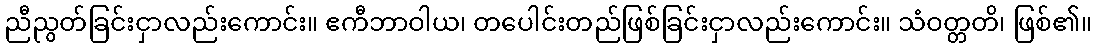
ညီညွတ်ခြင်းငှာလည်းကောင်း။ ဧကီဘာဝါယ၊ တပေါင်းတည်ဖြစ်ခြင်းငှာလည်းကောင်း။ သံဝတ္တတိ၊ ဖြစ်၏။